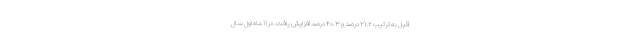
قبل به ترتیب ۲۱.۲ درصد و ۴۰.۳ درصد افزایش یافت. در ۱۱ ماه اول سال